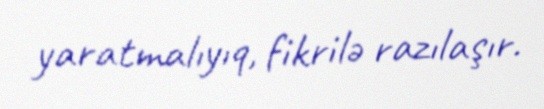
yaratmalıyıq, fikrilə razılaşır.